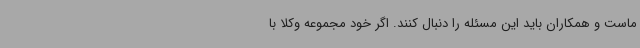
ماست و همکاران باید این مسئله را دنبال کنند. اگر خود مجموعه وکلا با